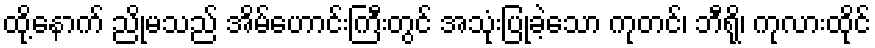
ထို့နောက် ညိုမသည် အိမ်ဟောင်းကြီးတွင် အသုံးပြုခဲ့သော ကုတင်၊ ဘီရို၊ ကုလားထိုင်